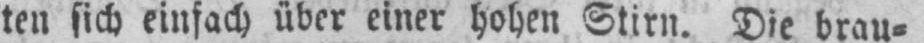
ten sich einfach über einer hohen Stirn. Die brau⸗